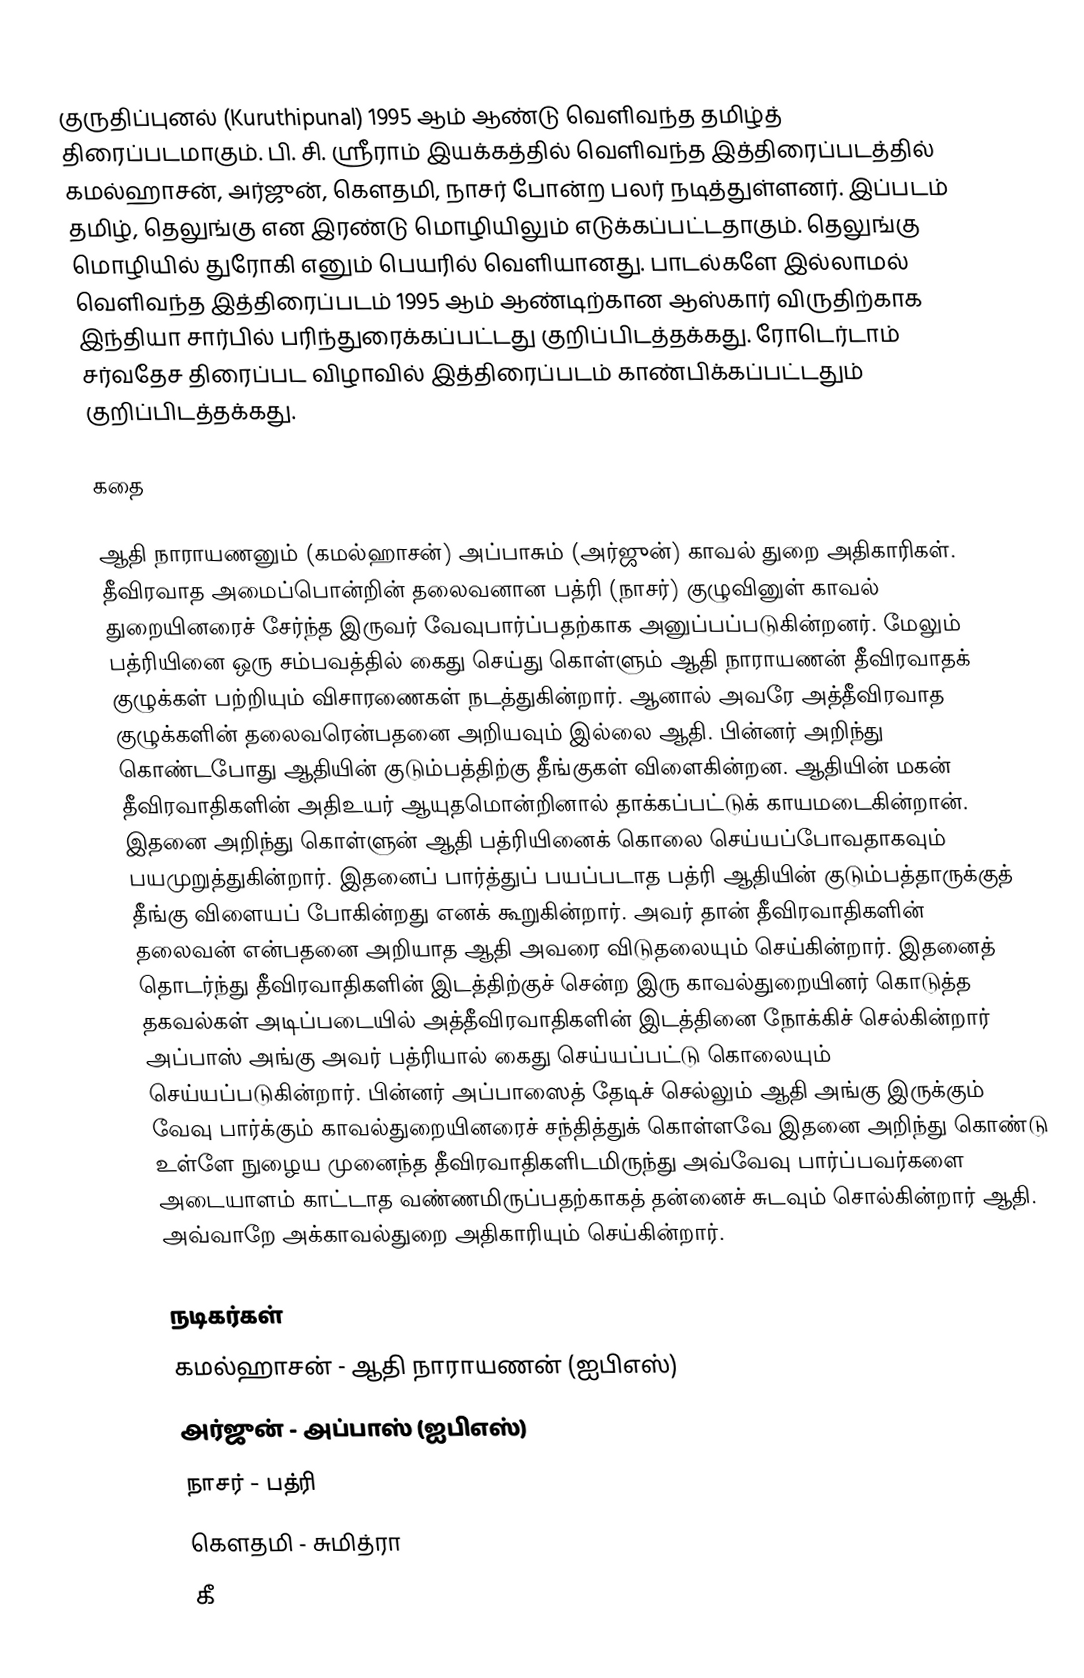
குருதிப்புனல் (Kuruthipunal) 1995 ஆம் ஆண்டு வெளிவந்த தமிழ்த் திரைப்படமாகும். பி. சி. ஸ்ரீராம் இயக்கத்தில் வெளிவந்த இத்திரைப்படத்தில் கமல்ஹாசன், அர்ஜுன், கௌதமி, நாசர் போன்ற பலர் நடித்துள்ளனர். இப்படம் தமிழ், தெலுங்கு என இரண்டு மொழியிலும் எடுக்கப்பட்டதாகும். தெலுங்கு மொழியில் துரோகி எனும் பெயரில் வெளியானது. பாடல்களே இல்லாமல் வெளிவந்த இத்திரைப்படம் 1995 ஆம் ஆண்டிற்கான ஆஸ்கார் விருதிற்காக இந்தியா சார்பில் பரிந்துரைக்கப்பட்டது குறிப்பிடத்தக்கது. ரோடெர்டாம் சர்வதேச திரைப்பட விழாவில் இத்திரைப்படம் காண்பிக்கப்பட்டதும் குறிப்பிடத்தக்கது.

கதை

ஆதி நாராயணனும் (கமல்ஹாசன்) அப்பாசும் (அர்ஜுன்) காவல் துறை அதிகாரிகள். தீவிரவாத அமைப்பொன்றின் தலைவனான பத்ரி (நாசர்) குழுவினுள் காவல் துறையினரைச் சேர்ந்த இருவர் வேவுபார்ப்பதற்காக அனுப்பப்படுகின்றனர். மேலும் பத்ரியினை ஒரு சம்பவத்தில் கைது செய்து கொள்ளும் ஆதி நாராயணன் தீவிரவாதக் குழுக்கள் பற்றியும் விசாரணைகள் நடத்துகின்றார். ஆனால் அவரே அத்தீவிரவாத குழுக்களின் தலைவரென்பதனை அறியவும் இல்லை ஆதி. பின்னர் அறிந்து கொண்டபோது ஆதியின் குடும்பத்திற்கு தீங்குகள் விளைகின்றன. ஆதியின் மகன் தீவிரவாதிகளின் அதிஉயர் ஆயுதமொன்றினால் தாக்கப்பட்டுக் காயமடைகின்றான். இதனை அறிந்து கொள்ளுன் ஆதி பத்ரியினைக் கொலை செய்யப்போவதாகவும் பயமுறுத்துகின்றார். இதனைப் பார்த்துப் பயப்படாத பத்ரி ஆதியின் குடும்பத்தாருக்குத் தீங்கு விளையப் போகின்றது எனக் கூறுகின்றார். அவர் தான் தீவிரவாதிகளின் தலைவன் என்பதனை அறியாத ஆதி அவரை விடுதலையும் செய்கின்றார். இதனைத் தொடர்ந்து தீவிரவாதிகளின் இடத்திற்குச் சென்ற இரு காவல்துறையினர் கொடுத்த தகவல்கள் அடிப்படையில் அத்தீவிரவாதிகளின் இடத்தினை நோக்கிச் செல்கின்றார் அப்பாஸ் அங்கு அவர் பத்ரியால் கைது செய்யப்பட்டு கொலையும் செய்யப்படுகின்றார். பின்னர் அப்பாஸைத் தேடிச் செல்லும் ஆதி அங்கு இருக்கும் வேவு பார்க்கும் காவல்துறையினரைச் சந்தித்துக் கொள்ளவே இதனை அறிந்து கொண்டு உள்ளே நுழைய முனைந்த தீவிரவாதிகளிடமிருந்து அவ்வேவு பார்ப்பவர்களை அடையாளம் காட்டாத வண்ணமிருப்பதற்காகத் தன்னைச் சுடவும் சொல்கின்றார் ஆதி. அவ்வாறே அக்காவல்துறை அதிகாரியும் செய்கின்றார்.

நடிகர்கள்
 கமல்ஹாசன் - ஆதி நாராயணன் (ஐபிஎஸ்)
 அர்ஜுன் - அப்பாஸ் (ஐபிஎஸ்)
 நாசர் - பத்ரி
 கௌதமி - சுமித்ரா
 கீ